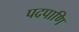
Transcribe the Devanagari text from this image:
पदपाणि